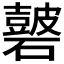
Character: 𥖫